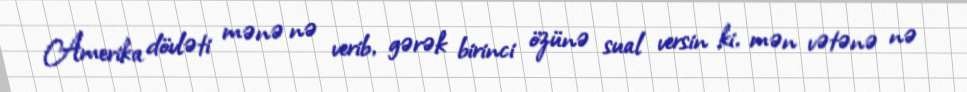
Amerika dövləti mənə nə verib, gərək birinci özünə sual versin ki, mən vətənə nə